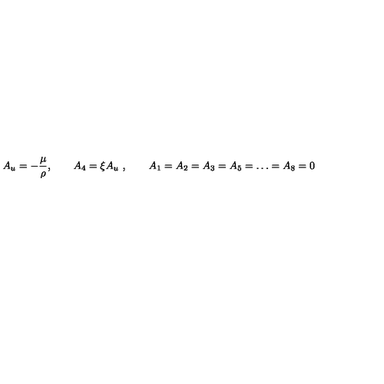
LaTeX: A _ { u } = - { \frac { \mu } { \rho } } , \qquad A _ { 4 } = \xi A _ { u } \ , \qquad A _ { 1 } = A _ { 2 } = A _ { 3 } = A _ { 5 } = \dots = A _ { 8 } = 0